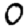
Digit: 0